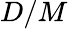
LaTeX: D/M